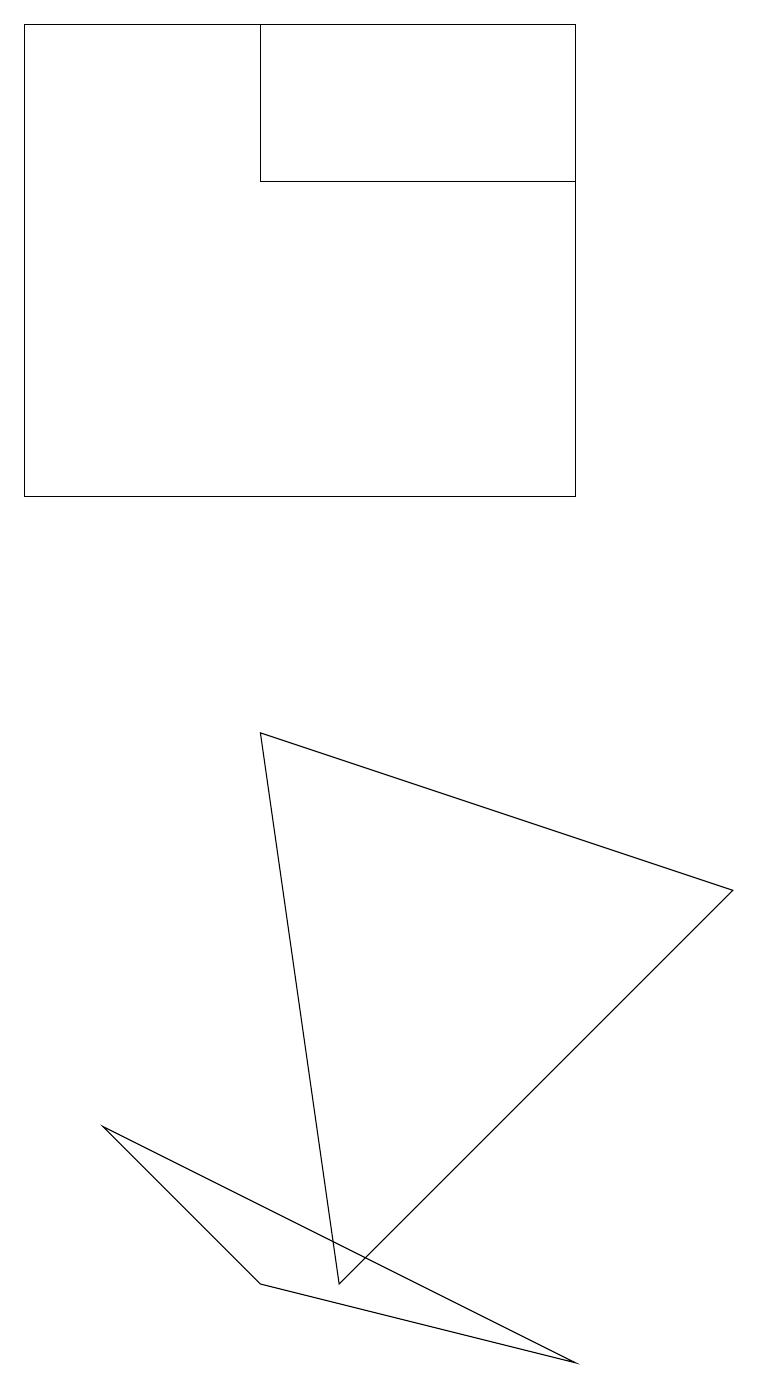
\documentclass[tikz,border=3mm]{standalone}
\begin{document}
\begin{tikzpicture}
\draw (7,16) rectangle (3,18);
\draw (9,7) -- (3,9) -- (4,2) -- cycle;
\draw (7,1) -- (3,2) -- (1,4) -- cycle;
\draw (7,18) rectangle (0,12);
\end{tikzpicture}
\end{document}